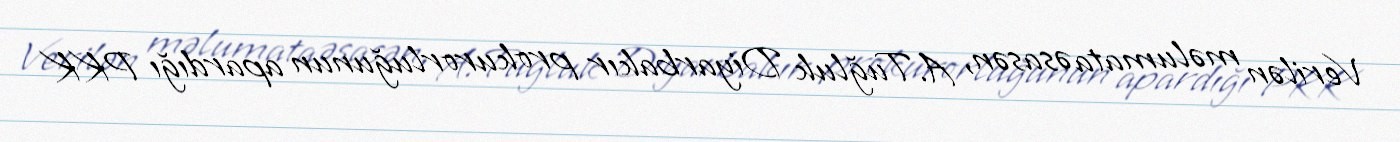
Verilən məlumata əsasən, A.Tuğluk Diyarbakır prokurorluğunun apardığı PKK